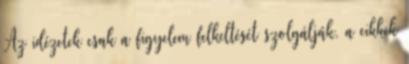
Az idézetek csak a figyelem felkeltését szolgálják, a cikkek